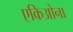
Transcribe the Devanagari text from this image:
एकिओना